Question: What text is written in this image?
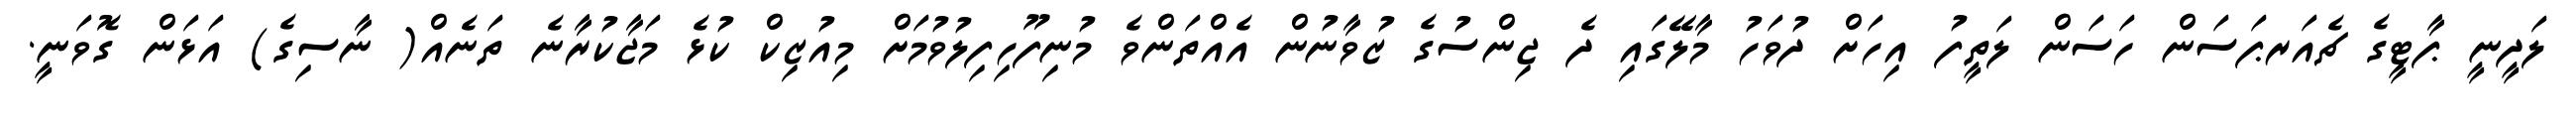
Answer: ލަދީނީ ޕާޓީގެ ޗެއަރޕަސަން ހަސަން ލަތީފު އިހަށް ދުވަހު މާލޭގައި ދެ ޖިންސުގެ ޒުވާނުން އެއްތަންވެ މުނިފޫހިފިލުވުމަށް މިއުޒިކް ކުޅެ މަޖާކުރާނެ ތަނެއް( ނާސިގެ) އަޅަން ގޮވަނީ.